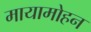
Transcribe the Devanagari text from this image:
मायामोहन